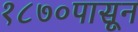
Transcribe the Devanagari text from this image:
१८७०पासून